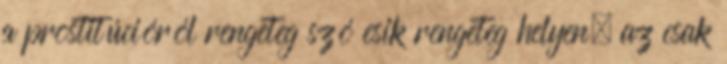
a prostitúcióról rengeteg szó esik rengeteg helyen, az csak